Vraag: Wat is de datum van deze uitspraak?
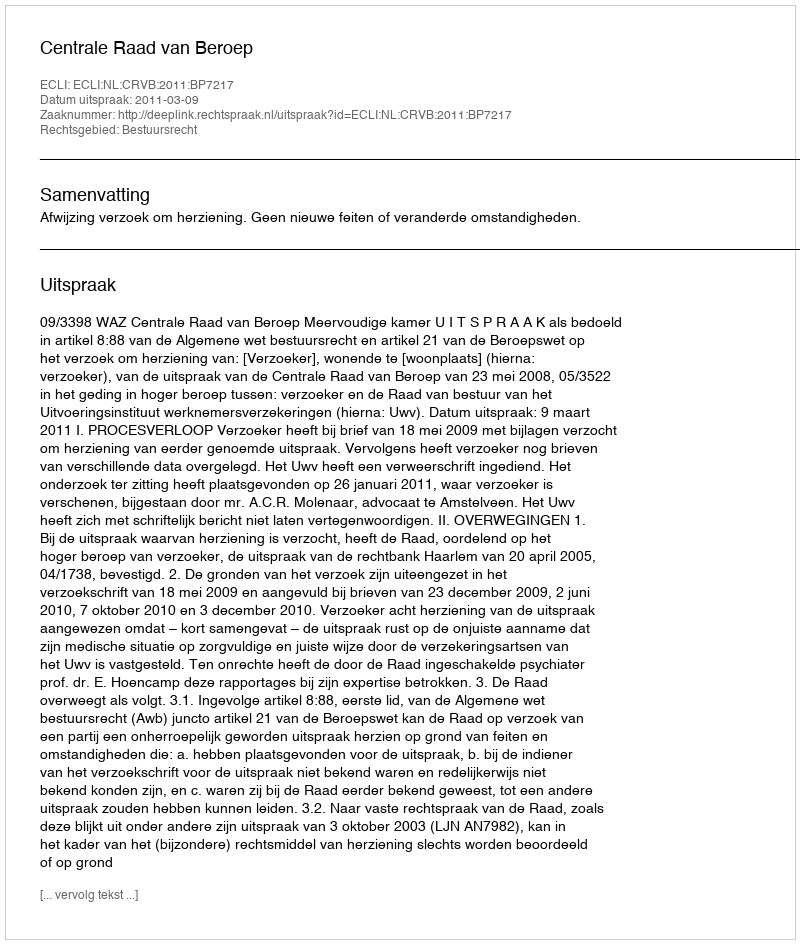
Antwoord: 2011-03-09